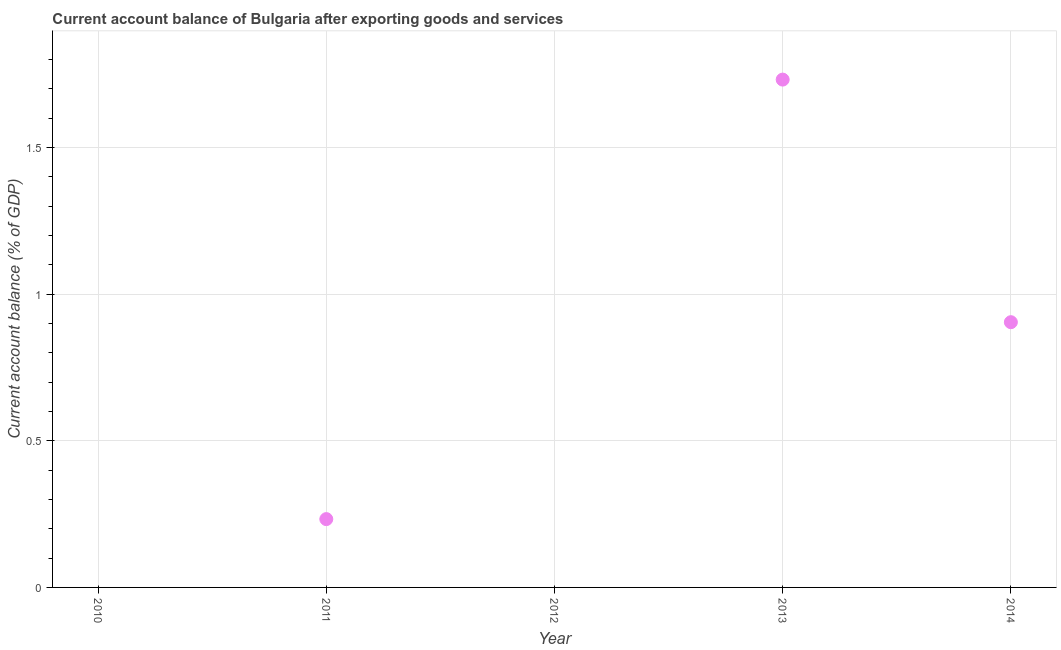
| Year | Current account balance |
 | --- | --- |
 | 2010 | -1.59 |
 | 2011 | 0.233 |
 | 2012 | -0.931 |
 | 2013 | 1.73 |
 | 2014 | 0.904 |